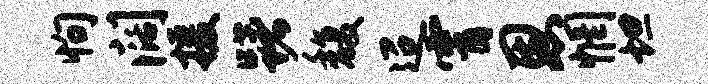
恂阔援躇馥迢霄恩惘坦